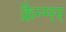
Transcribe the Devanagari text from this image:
क्रैन्मर